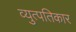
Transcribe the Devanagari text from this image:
व्युत्पतिकार